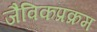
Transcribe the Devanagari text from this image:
जैविकप्रक्रम